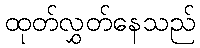
ထုတ်လွှတ်နေသည်